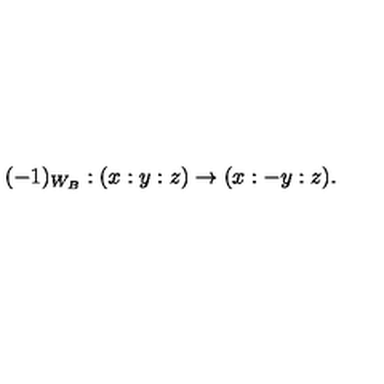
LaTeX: ( - 1 ) _ { W _ { B } } : ( x : y : z ) \to ( x : - y : z ) .